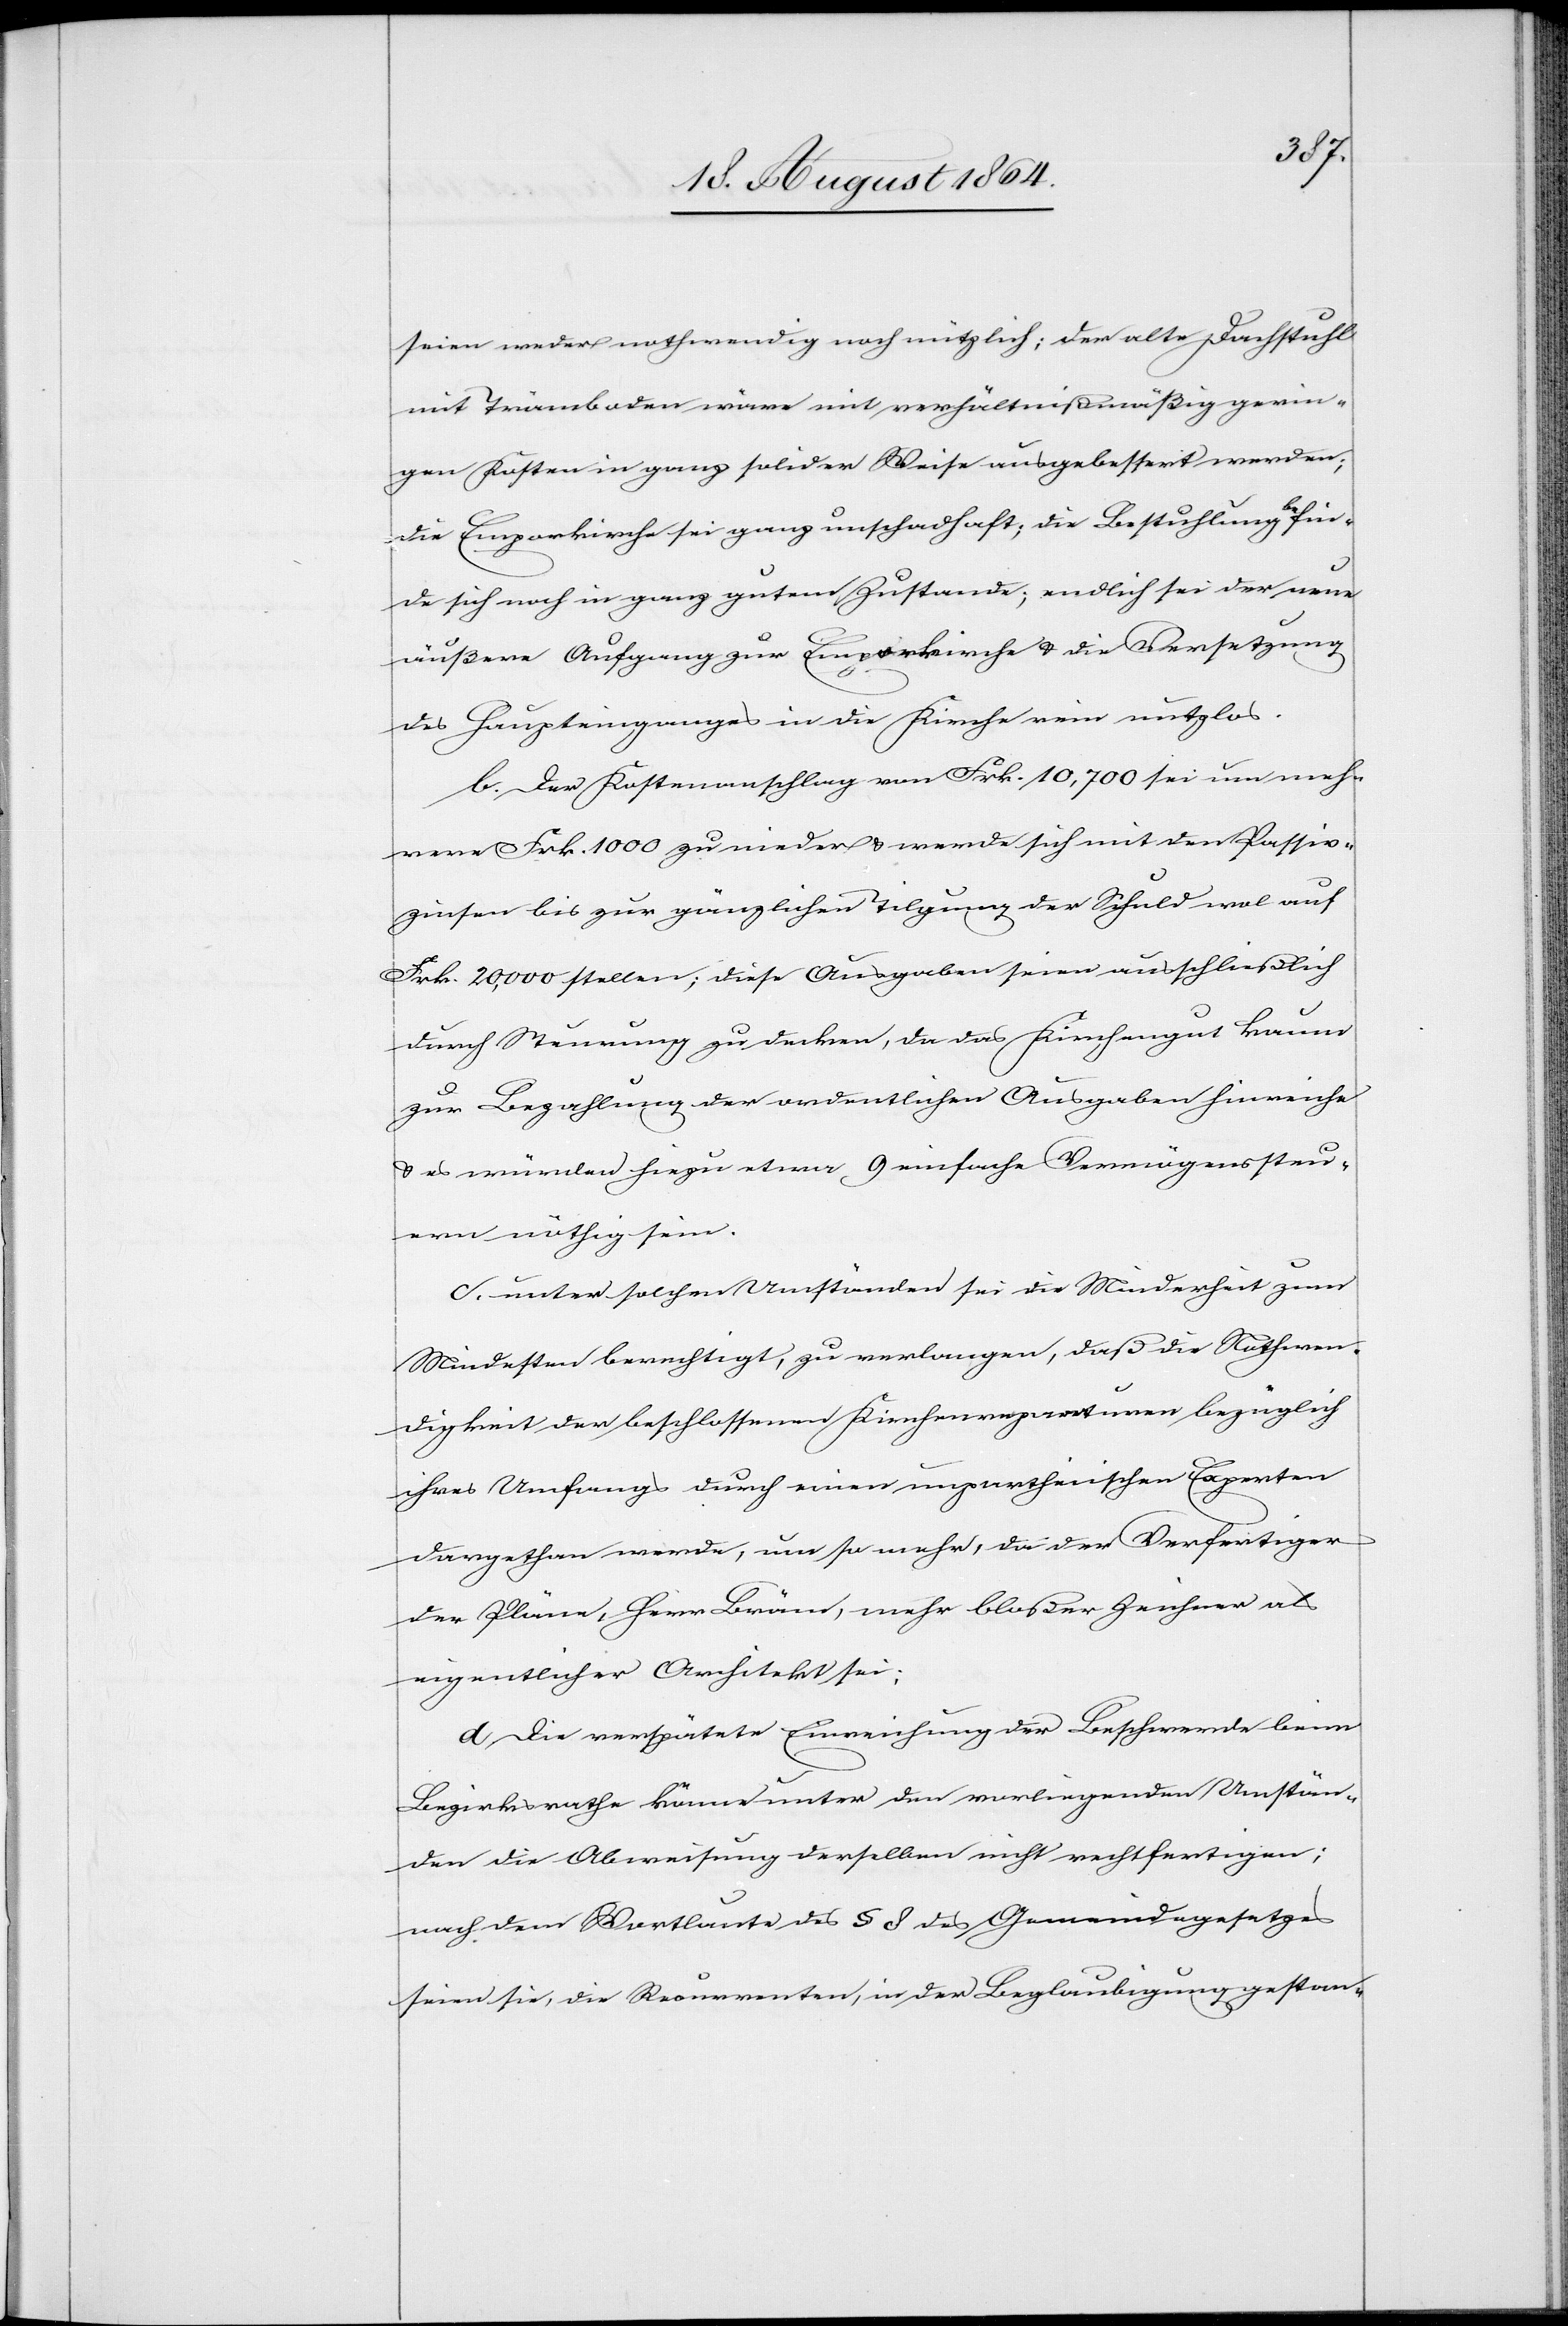
seien weder nothwendig noch nützlich; der alte Dachstuhl
mit Trämboden wäre mit verhältnißmäßig gerin¬
gen Kosten in ganz solider Weise ausgebessert worden;
die Emporkirche sie ganz unschadhaft; die Bestuhlung befin¬
de sich noch in ganz gutem Zustande; endlich sei der neue
äußere Aufgang zur Emporkirche & die Versetzung
des Haupteinganges in die Kirche rein nutzlos.
b. Der Kostenanschlag von Frk. 10,700 sei um meh¬
rere Frk. 1000 zu nieder & werde sich mit den Passiv¬
zinsen bis zur gänzlichen Tilgung der Schuld wol auf
Frk. 20,000 stellen; diese Ausgaben seien ausschließlich
durch Steurung zu decken, da das Kirchengut kaum
zur Bezahlung der ordentlichen Ausgaben hinreiche
& es würden hiezu etwa 9 einfache Vermögenssteu¬
ern nöthig sein.
c. unter solchen Umständen sei die Minderheit zum
Mindesten berechtigt, zu verlangen, daß die Nothwen¬
digkeit der beschlossenen Kirchenreparatur bezüglich
ihres Umfangs durch einen unpartheiischen Experten
dargethan werde, um so mehr, da der Verfertiger
der Pläne, Herr Bräm, mehr bloßer Zeichner als
eigentlicher Architekt sei;
d. Die verspätete Einreichung der Beschwerde beim
Bezirksrathe könne unter den vorliegenden Umstän¬
den die Abweisung derselben nicht rechtfertigen;
nach dem Wortlaute des § 8 des Gemeindegesetzes
seien sie, die Recurrenten, in der Beglaubigung gestan-